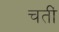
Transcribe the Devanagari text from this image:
चतीं